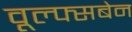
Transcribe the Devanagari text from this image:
वूल्फ्सबेन